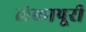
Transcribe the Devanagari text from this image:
लंकापूरी